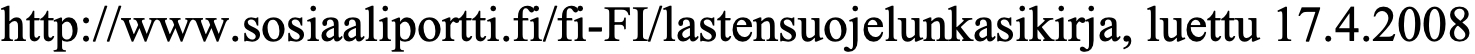
http://www.sosiaaliportti.fi/fi-FI/lastensuojelunkasikirja, luettu 17.4.2008